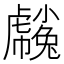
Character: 𧈒